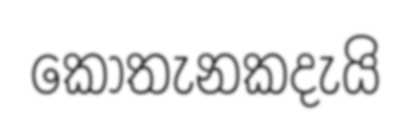
කොතැනකදැයි